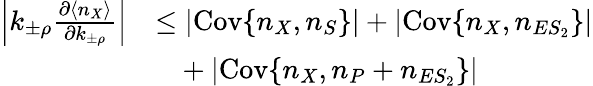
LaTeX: \begin{array}{rl}{\left|k_{\pm\rho}\frac{\partial\langle n_{X}\rangle}{\partial k_{\pm\rho}}\right|}&{\leq|\mathrm{Cov}\{ n_{X},n_{S}\} |+|\mathrm{Cov}\{ n_{X},n_{ES_{2}}\} |}\\ &{~~~+|\mathrm{Cov}\{ n_{X},n_{P}+n_{ES_{2}}\} |}\end{array}